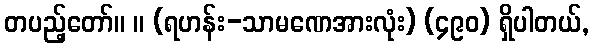
တပည့်တော်။ ။ (ရဟန်း-သာမဏေအားလုံး) (၄၉၀) ရှိပါတယ်,